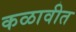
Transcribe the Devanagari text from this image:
कळावीत